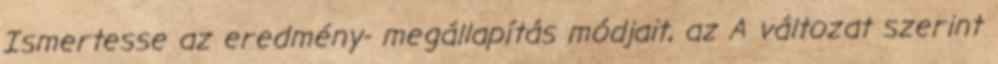
Ismertesse az eredmény- megállapítás módjait, az A változat szerint